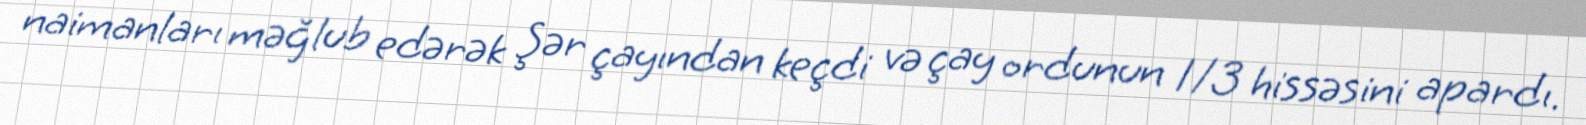
naimanları məğlub edərək Şər çayından keçdi və çay ordunun 1/3 hissəsini apardı.